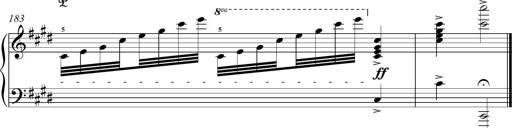
Title: Funeral March and Sonatina
Composer: Thomas Hellemans
Key: C-sharp minor